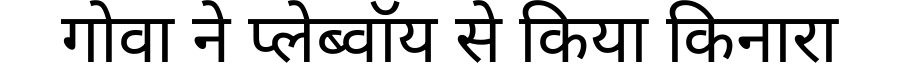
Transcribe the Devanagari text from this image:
गोवा ने प्लेब्वॉय से किया किनारा